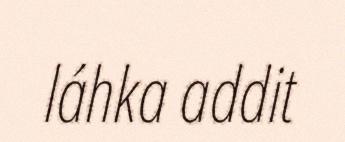
láhka addit